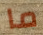
ما